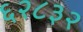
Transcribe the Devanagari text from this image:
६२८३२